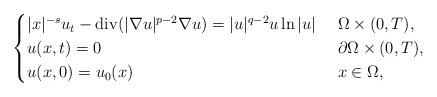
LaTeX: \begin{align*}\begin{cases} |x|^{-s}u_{t}-\mathrm{div}(|\nabla u|^{p-2}\nabla u)=|u|^{q-2}u\ln|u|& ~\Omega \times(0,T), \\ u(x,t)=0&~\partial\Omega \times(0,T), \\ u(x,0)=u_0(x)& ~x\in\Omega,\end{cases}\end{align*}